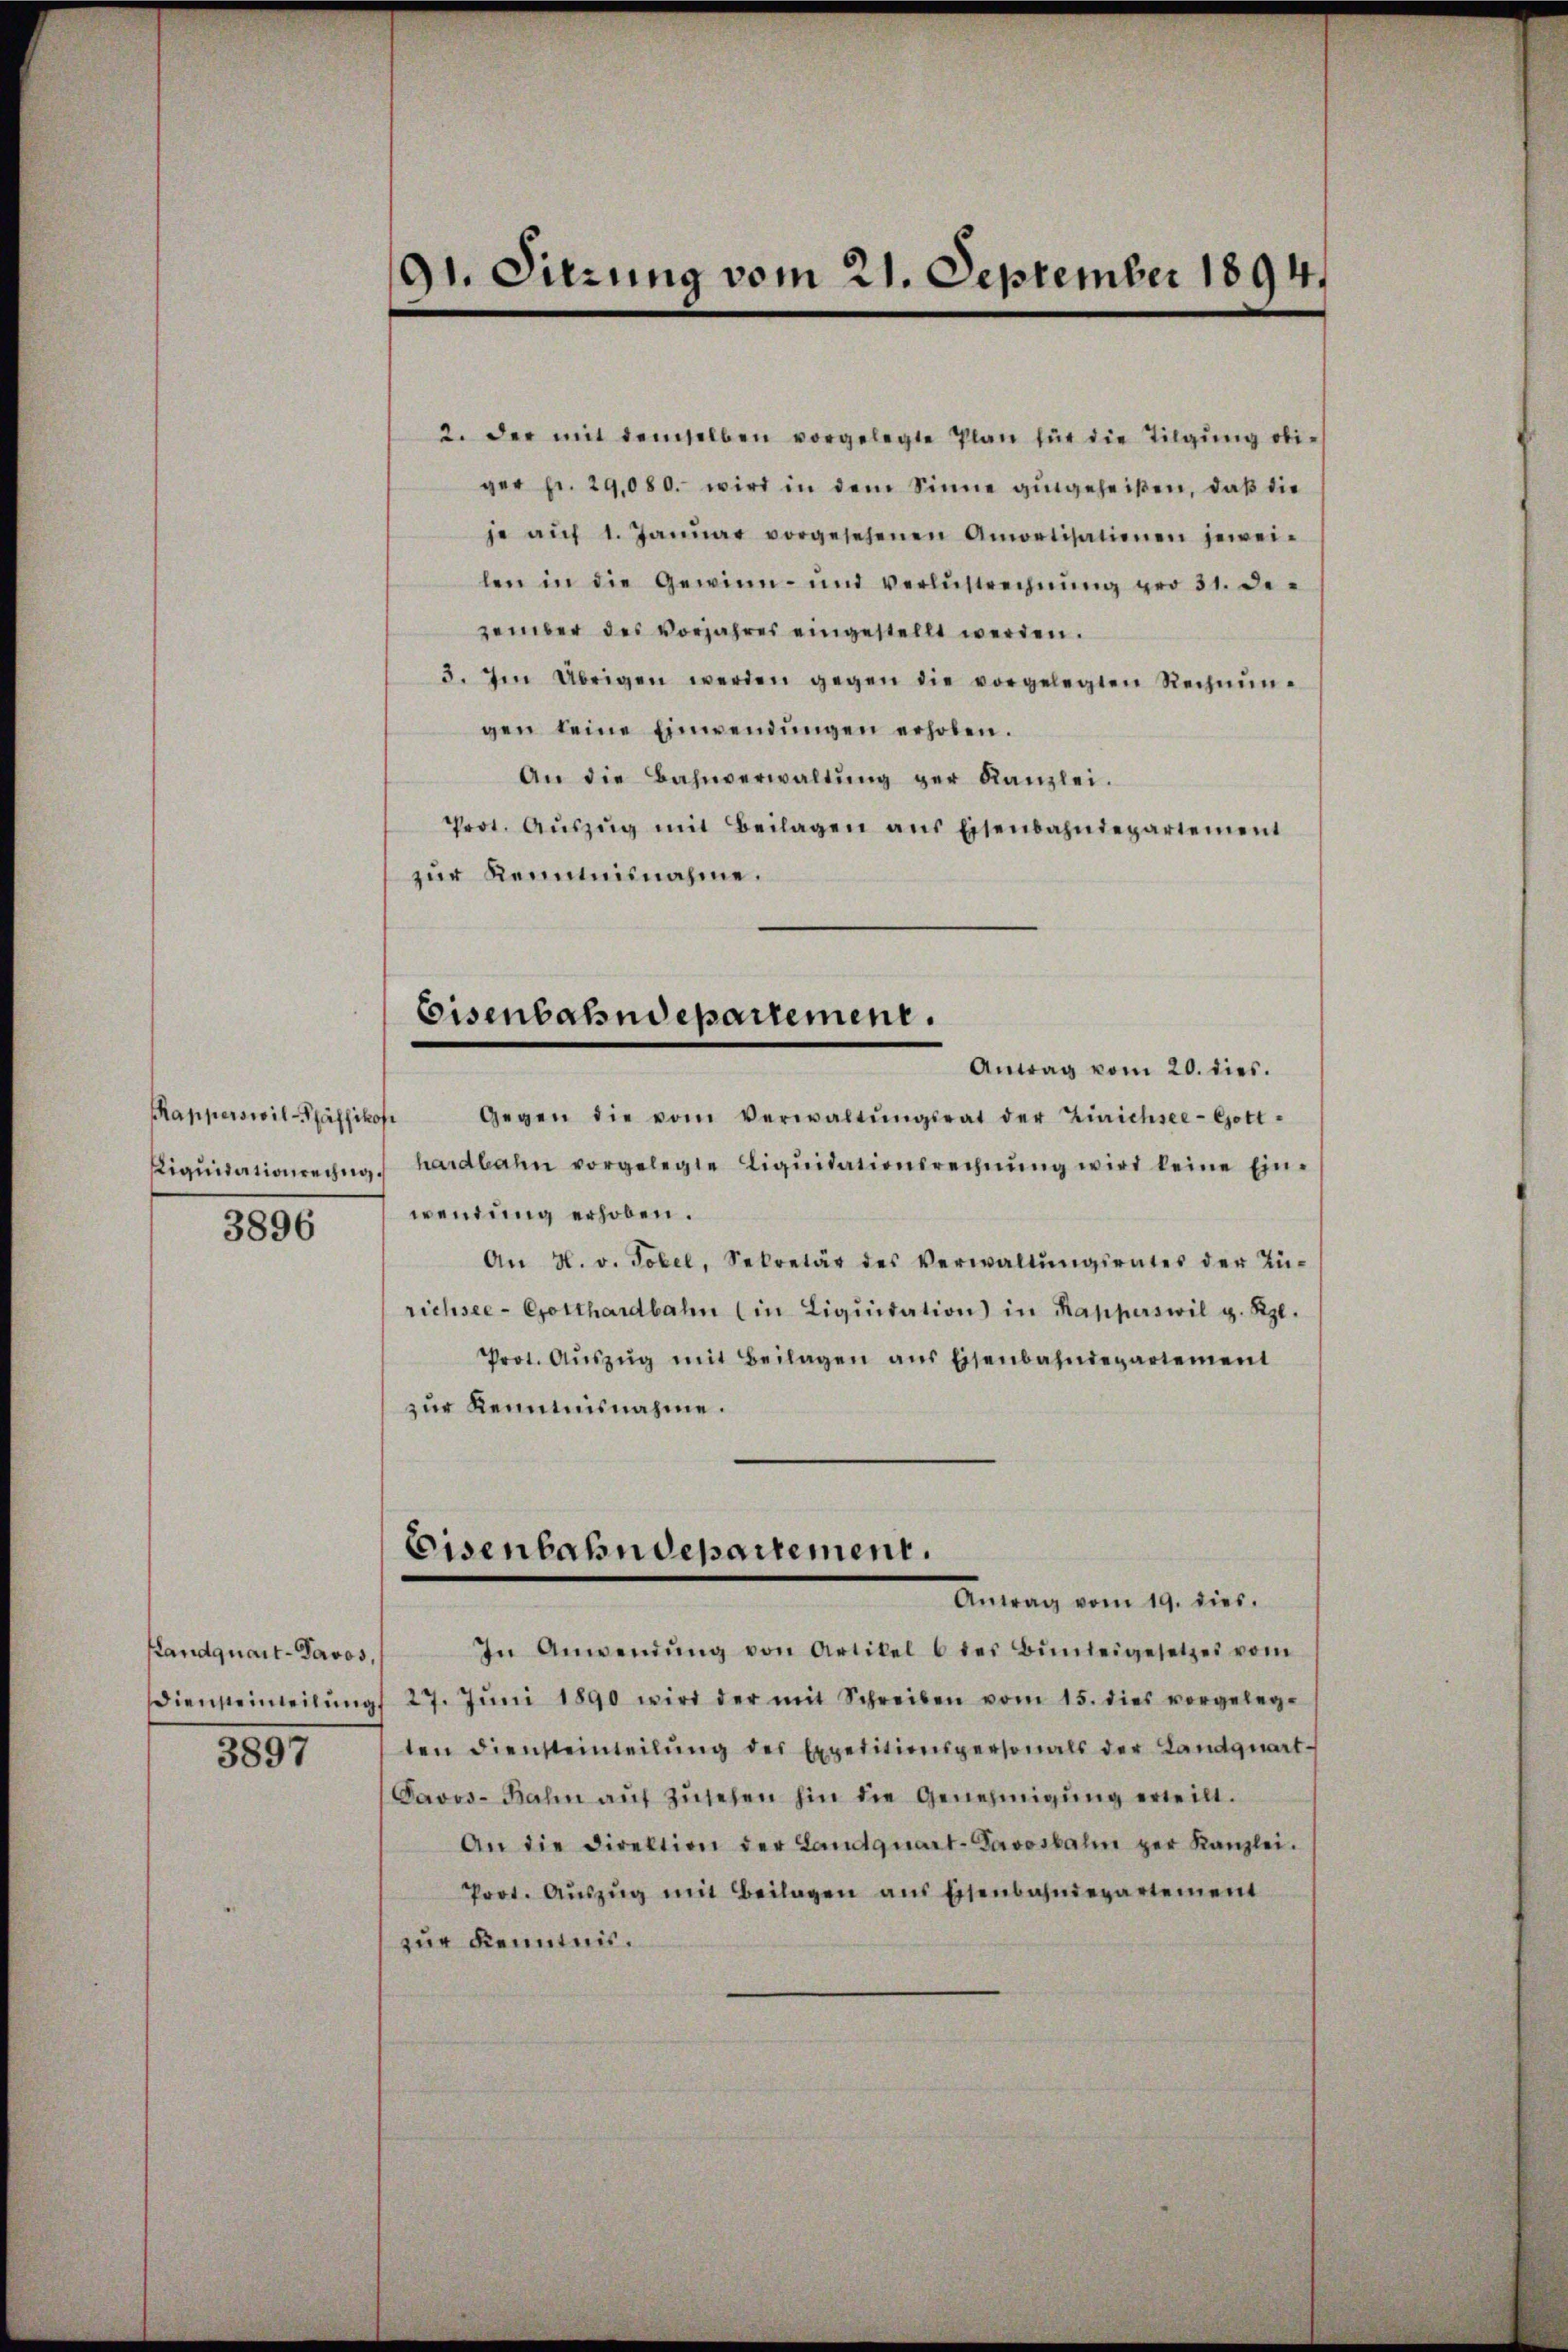
Rapperswil-Pfäffikofe
Liquidationeng.
3896

Pandquart-Pavos,

3897

91. Sitzung vom 21. September 1894.

2. der mit demselben vorgelegte Plan für die Tilgung obi-
ger Fr. 29,080. wird in dem Sinne gingeheißen, daß die
je aŭf 1. Janŭar vorgesehenen Amortisationen jeweilen in die Gewinn- und verlŭstrechnŭng pro 31. De-
zember des Vorjahres eingestellt werden.
3. Im Übrigen werden gegen die vorgelegten Rechnŭn-
gen keine Einwendungen erhoben.
An die Bahnverwaltŭng der Kanzlei.
Prot. Aŭszŭg mit Beilagen ans Eisenbahndepartement
zur Kenntnisnahme.
Eisenbahndepartement.
Antrag vom 20. dies.
Gegen die vom Verwaltŭngsrat der Zürichsee-Gott-
hardbahn vorgelegte Liquidationsrechnung wird keine Einwendung erhoben.
An H. v. Tobel, Sekretär des Verwaltŭngsrates der Tü-
richsee-Gotthardbahn (in Liqŭidation in Kapperswil g. Kgl.
Prot. Aŭszŭg mit Beilagen ans Eisenbahndepartement
zur Kenntnisnahme.

Eisenbahndepartement.
Antrag vom 19. dies

In Anwendŭng von Artikel 6 der Bŭndeigesetzes vom
Diensteinheilŭng 27. Jŭni 1890 wird der mit Schreiben vom 15. dies vorgeleg-
ten diensteinteilŭng des Expeditionspersonals der Landquart-
Davos-Bahn aŭf Zŭsehen hin die Genehmigŭng erteilt.
An die Direktion der Landquart-Davosbahn per Kanzlei.
Prot. Aŭszŭg mit Beilagen ans Eisenbahndepartement
zur Kenntnis.